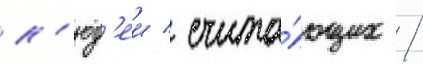
л'юд'еи / счита́ющих /